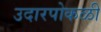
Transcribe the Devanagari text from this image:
उदारपोकळी